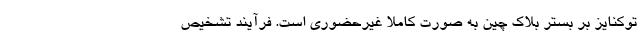
توکنایز بر بستر بلاک چین به صورت کاملا غیرحضوری است. فرآیند تشخیص